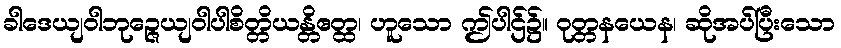
ခါဒေယျဝါဘုဉ္ဇေယျဝါပါစိတ္တိယန္တိဧတ္ထ၊ ဟူသော ဤပါဌ်၌။ ဝုတ္တနယေန၊ ဆိုအပ်ပြီးသော